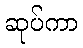
ဆုပ်ကာ